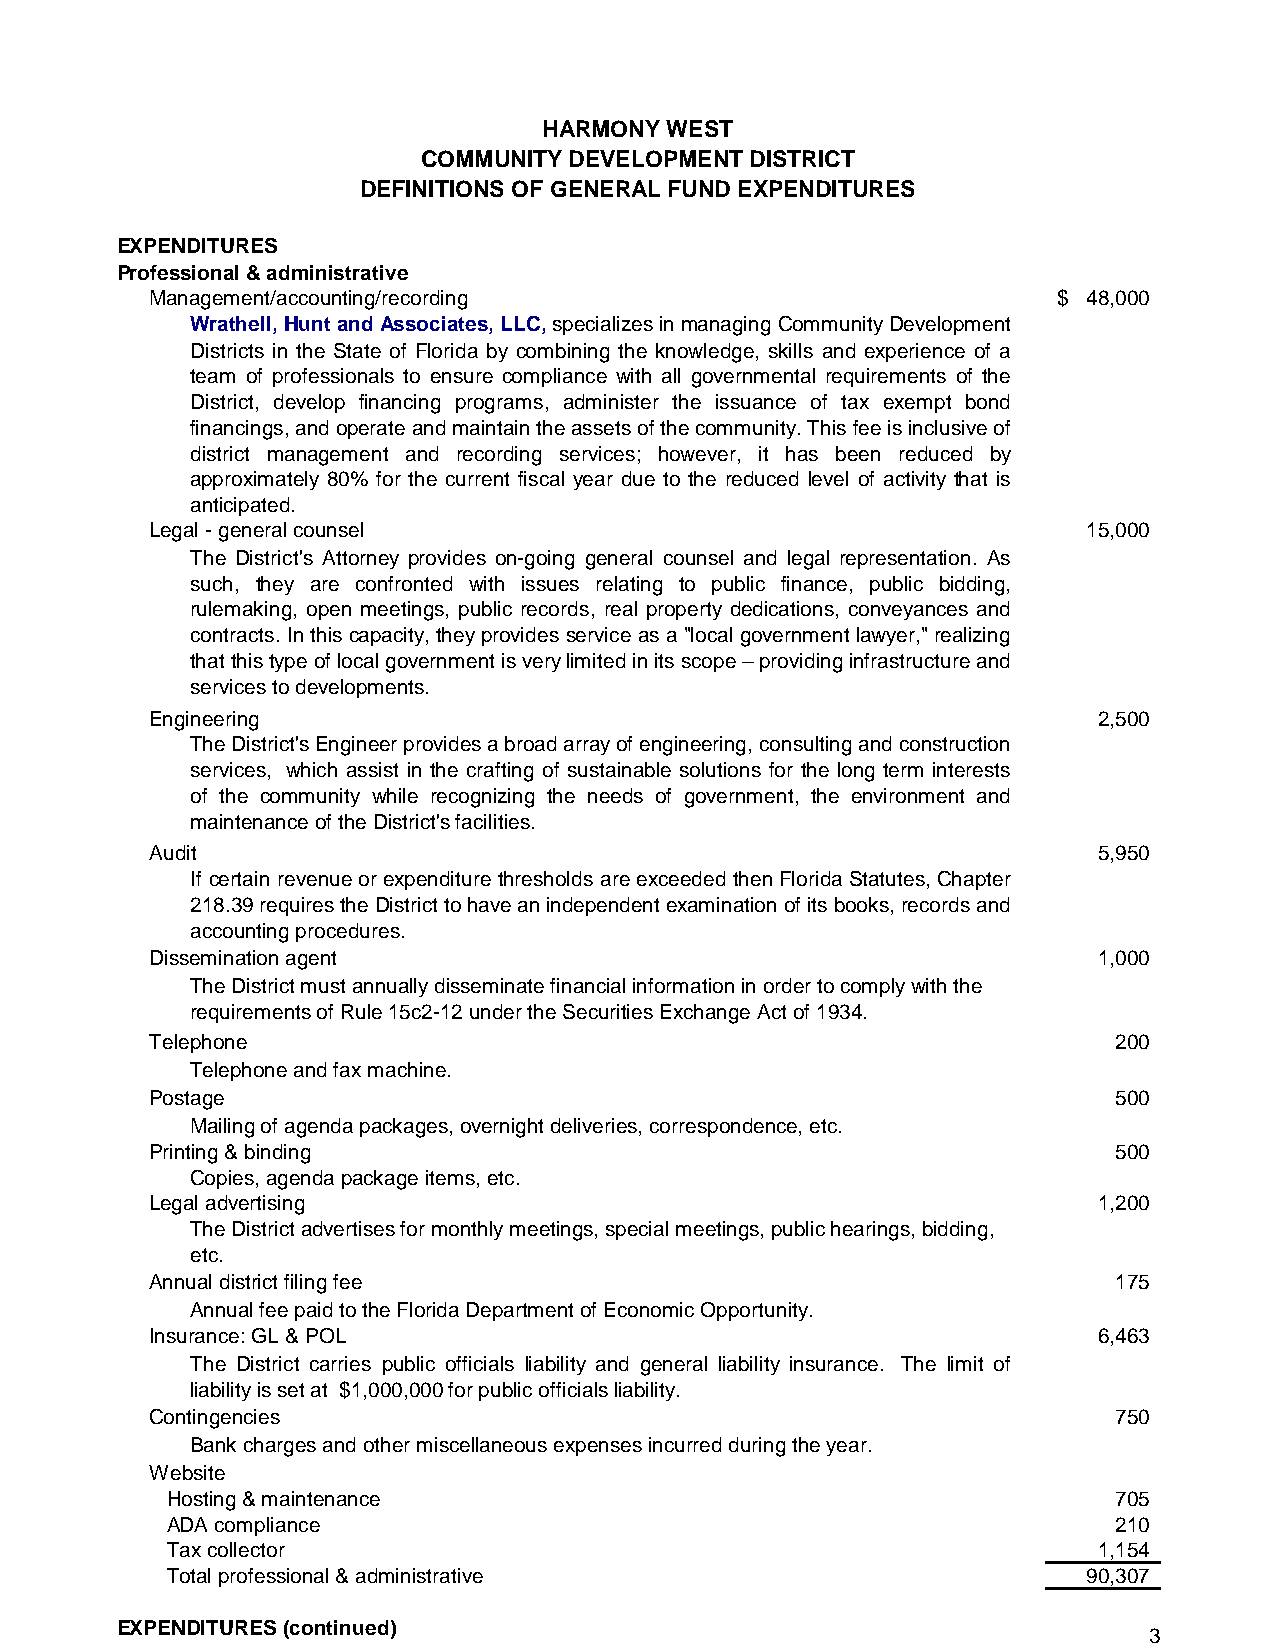
HARMONY WEST
 COMMUNITY DEVELOPMENT DISTRICT
 DEFINITIONS OF GENERAL FUND EXPENDITURES
 EXPENDITURES
 Professional & administrative
 Management/accounting/recording                             $ 48,000
 Wrathell,HuntandAssociates,LLC,specializesinmanagingCommunityDevelopment
 Districts in the State of Florida by combining the knowledge, skills and experience of a
 team of professionals to ensure compliance with all governmental requirements of the
 District, develop financing programs, administer the issuance of tax exempt bond
 financings,andoperateandmaintaintheassetsofthecommunity.Thisfeeisinclusiveof
 district management and recording services; however, it has been reduced by
 approximately 80% for the current fiscal year due to the reduced level of activity that is
 anticipated.
 Legal - general counsel                                       15,000
 The District's Attorney provides on-going general counsel and legal representation. As
 such, they are confronted with issues relating to public finance, public bidding,
 rulemaking, open meetings, public records, real property dedications, conveyances and
 contracts. Inthis capacity, theyprovides serviceas a "localgovernment lawyer,"realizing
 thatthistypeoflocalgovernmentisverylimitedinitsscope–providinginfrastructureand
 services to developments.
 Engineering                                                    2,500
 The District's Engineer provides a broad array of engineering, consulting and construction
 services, which assist in the crafting of sustainable solutions for the long term interests
 of the community while recognizing the needs of government, the environment and
 maintenance of the District's facilities.
 Audit                                                          5,950
 If certain revenueor expenditure thresholds are exceeded thenFlorida Statutes,Chapter
 218.39requirestheDistricttohaveanindependentexaminationofitsbooks,recordsand
 accounting procedures.
 Dissemination agent                                            1,000
 The District must annually disseminate financial information in order to comply with the
 requirements of Rule 15c2-12 under the Securities Exchange Act of 1934.
 Telephone                                                       200
 Telephone and fax machine.
 Postage                                                         500
 Mailing of agenda packages, overnight deliveries, correspondence, etc.
 Printing & binding                                              500
 Copies, agenda package items, etc.
 Legal advertising                                              1,200
 The District advertises for monthly meetings, special meetings, public hearings, bidding,
 etc.
 Annual district filing fee                                      175
 Annual fee paid to the Florida Department of Economic Opportunity.
 Insurance: GL & POL                                            6,463
 The District carries public officials liability and general liability insurance. The limit of
 liability is set at $1,000,000 for public officials liability.
 Contingencies                                                   750
 Bank charges and other miscellaneous expenses incurred during the year.
 Website
 Hosting & maintenance                                          705
 ADA compliance                                                 210
 Tax collector                                                 1,154
 Total professional & administrative                          90,307
 EXPENDITURES (continued)
 3